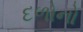
દળોનો